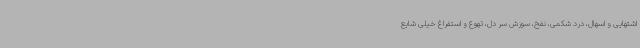
اشتهایی و اسهال، درد شکمی، نفخ، سوزش سر دل، تهوع و استفراغ خیلی شایع